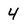
Character: 4